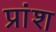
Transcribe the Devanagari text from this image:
प्रांश